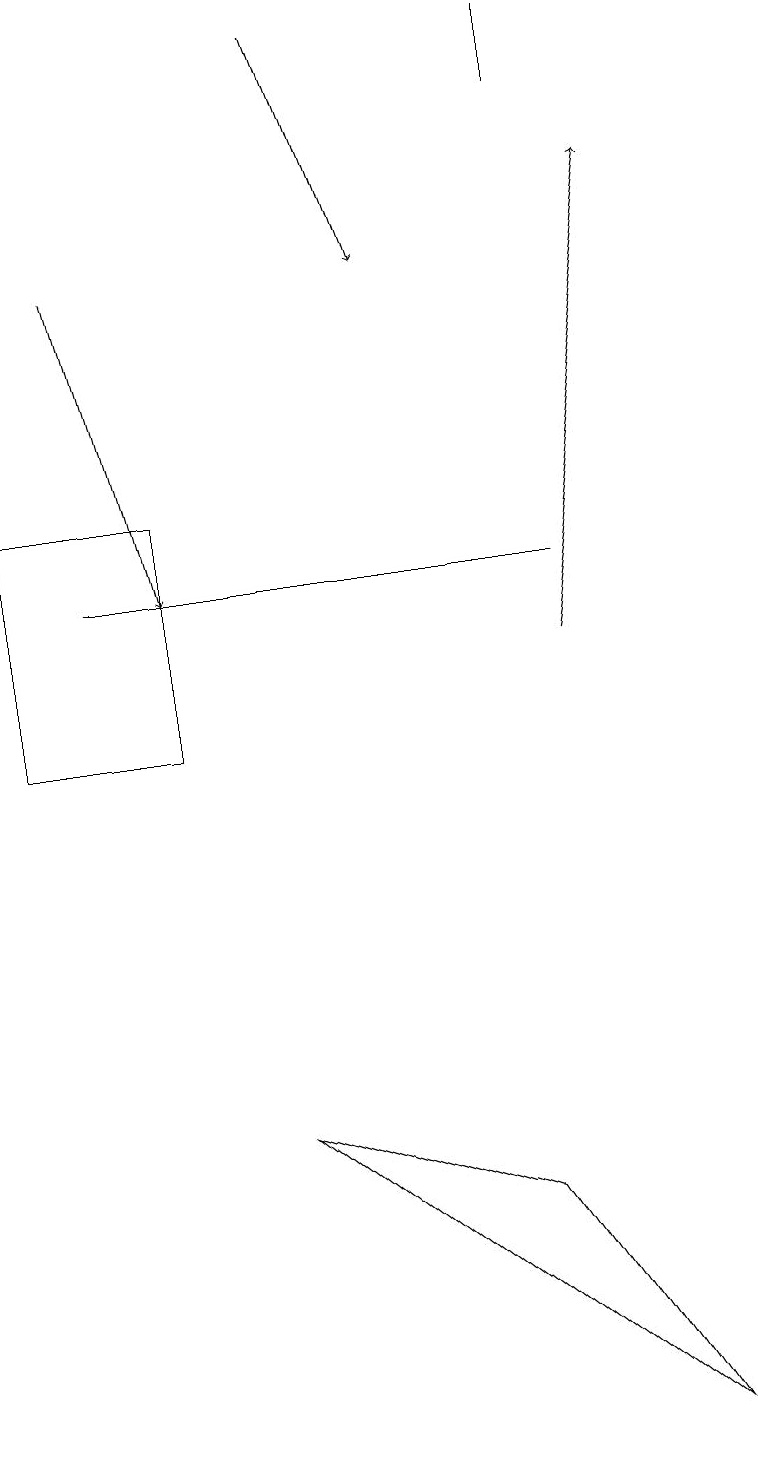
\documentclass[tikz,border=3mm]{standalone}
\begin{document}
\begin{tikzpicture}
\draw (1,13) rectangle (3,10);
\draw (10,11) circle (0);
\draw[->] (2,16) -- (3,12);
\draw (9,1) -- (4,5) -- (7,4) -- cycle;
\draw[->] (8,11) -- (9,17);
\draw (8,12) rectangle (2,12);
\draw (8,18) rectangle (8,19);
\draw[->] (5,19) -- (6,16);
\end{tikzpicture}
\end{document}